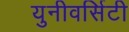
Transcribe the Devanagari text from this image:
युनीवर्सिटी